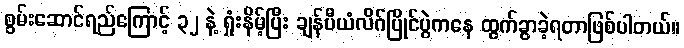
စွမ်းဆောင်ရည်ကြောင့် ၃၂ နဲ့ ရှုံးနိမ့်ပြီး ချန်ပီယံလိဂ်ပြိုင်ပွဲကနေ ထွက်ခွာခဲ့ရတာဖြစ်ပါတယ်။